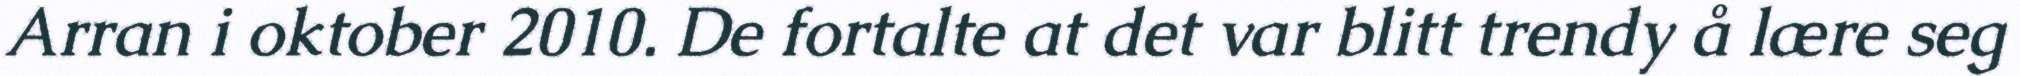
Arran i oktober 2010. De fortalte at det var blitt trendy å lære seg